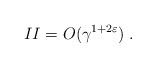
LaTeX: \begin{align*} II = O(\gamma ^{1+2\varepsilon }) \;. \end{align*}